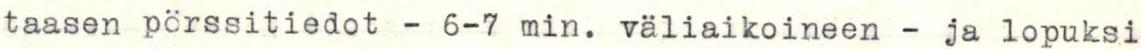
taasen pörssitiedot - 6-7 min. väliaikoineen - ja lopuksi